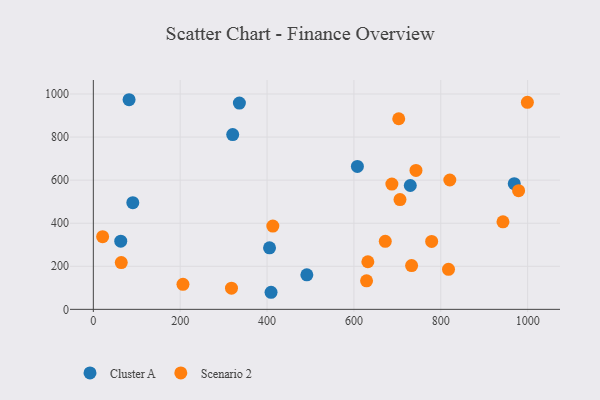
{"axis": {"x": "Price", "y": "Rating"}, "legend": ["Cluster A", "Scenario 2"], "data": [{"x": "336.3", "y": 957.7, "type": "Cluster A"}, {"x": "320.9", "y": 811.6, "type": "Cluster A"}, {"x": "90.9", "y": 495.5, "type": "Cluster A"}, {"x": "409.2", "y": 79.3, "type": "Cluster A"}, {"x": "969.2", "y": 583.6, "type": "Cluster A"}, {"x": "82.3", "y": 973.4, "type": "Cluster A"}, {"x": "405.7", "y": 285.8, "type": "Cluster A"}, {"x": "608.0", "y": 663.7, "type": "Cluster A"}, {"x": "63.1", "y": 316.5, "type": "Cluster A"}, {"x": "729.8", "y": 575.0, "type": "Cluster A"}, {"x": "491.6", "y": 160.2, "type": "Cluster A"}, {"x": "672.2", "y": 315.9, "type": "Scenario 2"}, {"x": "703.2", "y": 885.0, "type": "Scenario 2"}, {"x": "820.8", "y": 600.6, "type": "Scenario 2"}, {"x": "732.8", "y": 203.3, "type": "Scenario 2"}, {"x": "318.1", "y": 98.3, "type": "Scenario 2"}, {"x": "206.4", "y": 116.1, "type": "Scenario 2"}, {"x": "21.4", "y": 337.6, "type": "Scenario 2"}, {"x": "413.3", "y": 386.9, "type": "Scenario 2"}, {"x": "629.1", "y": 132.4, "type": "Scenario 2"}, {"x": "817.8", "y": 185.9, "type": "Scenario 2"}, {"x": "64.3", "y": 217.4, "type": "Scenario 2"}, {"x": "779.0", "y": 315.2, "type": "Scenario 2"}, {"x": "979.2", "y": 551.2, "type": "Scenario 2"}, {"x": "742.9", "y": 645.3, "type": "Scenario 2"}, {"x": "706.1", "y": 509.7, "type": "Scenario 2"}, {"x": "943.2", "y": 406.5, "type": "Scenario 2"}, {"x": "687.4", "y": 581.9, "type": "Scenario 2"}, {"x": "632.1", "y": 221.1, "type": "Scenario 2"}, {"x": "999.4", "y": 961.1, "type": "Scenario 2"}]}